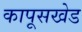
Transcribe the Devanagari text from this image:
कापूसखेड